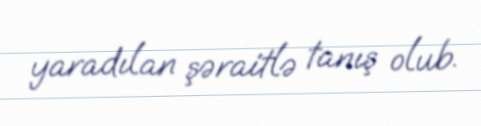
yaradılan şəraitlə tanış olub.